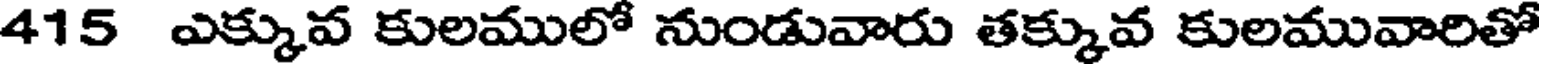
415 ఎక్కువ కులములో నుండువారు తక్కువ కులమువారితో